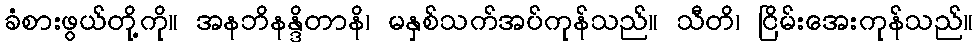
ခံစားဖွယ်တို့ကို။ အနဘိနန္ဒိတာနိ၊ မနှစ်သက်အပ်ကုန်သည်။ သီတိ၊ ငြိမ်းအေးကုန်သည်။